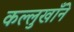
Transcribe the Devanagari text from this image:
कल्लुखाँने